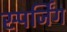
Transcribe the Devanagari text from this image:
स्पर्जिंग